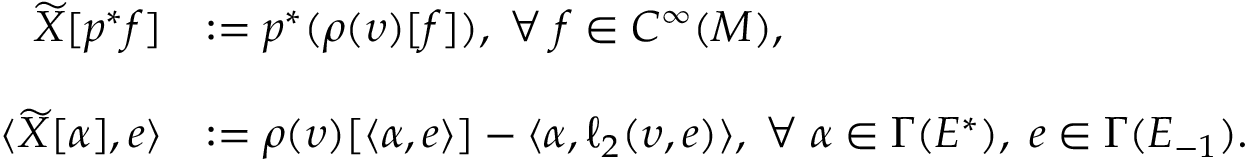
\begin{array} { r l } { \widetilde X [ p ^ { * } f ] } & { : = p ^ { * } ( \rho ( \upsilon ) [ f ] ) , \; \forall \; f \in C ^ { \infty } ( M ) , } \\ & { } \\ { \langle \widetilde X [ \alpha ] , e \rangle } & { : = \rho ( \upsilon ) [ \langle \alpha , e \rangle ] - \langle \alpha , \ell _ { 2 } ( \upsilon , e ) \rangle , \; \forall \; \alpha \in \Gamma ( E ^ { * } ) , \; e \in \Gamma ( E _ { - 1 } ) . } \end{array}